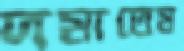
দমাতেম